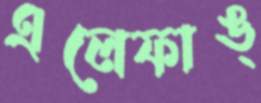
এলেফাঙ্